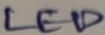
Text: LED